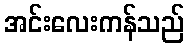
အင်းလေးကန်သည်